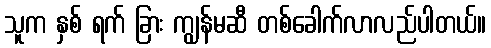
သူက နှစ် ရက် ခြား ကျွန်မဆီ တစ်ခေါက်လာလည်ပါတယ်။